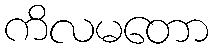
ကိလမတော